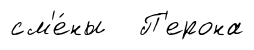
см'е́ны П'ерона